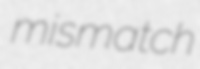
mismatch